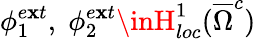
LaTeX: \phi_{1}^{e\mathbf{x}t},\; \phi_{2}^{e\mathbf{x}t}\inH_{loc}^{1}(\overline{{\Omega}}^{c})